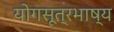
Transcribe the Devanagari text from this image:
योगसूत्रभाष्य